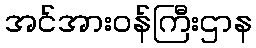
အင်အားဝန်ကြီးဌာန